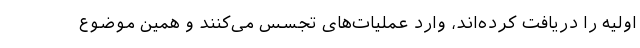
اولیه را دریافت کرده‌اند، وارد عملیات‌های تجسس می‌کنند و همین موضوع